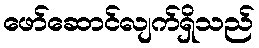
ဖော်ဆောင်လျက်ရှိသည်